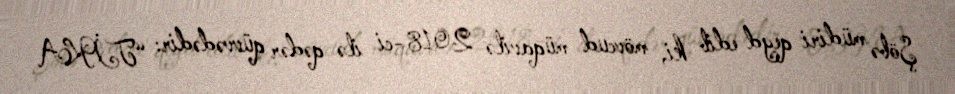
Şöbə müdiri qeyd edib ki, mövcud müqavilə 2018-ci ilə qədər qüvvədədir: “TİKA